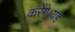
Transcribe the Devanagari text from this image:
करेंगे।यह